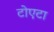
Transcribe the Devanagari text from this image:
टोएटा